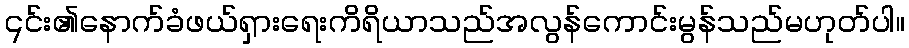
၎င်း၏နောက်ခံဖယ်ရှားရေးကိရိယာသည်အလွန်ကောင်းမွန်သည်မဟုတ်ပါ။